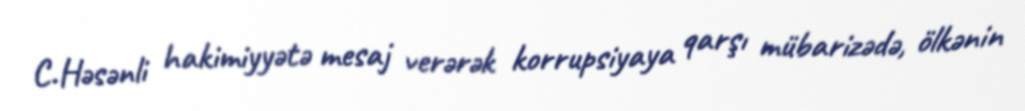
C.Həsənli hakimiyyətə mesaj verərək korrupsiyaya qarşı mübarizədə, ölkənin